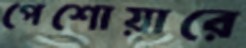
পেশোয়ারে